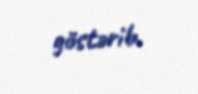
göstərib.